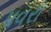
પવરા